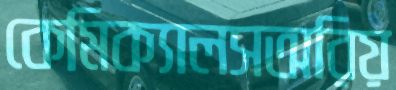
কেমিক্যালসঅরিয়